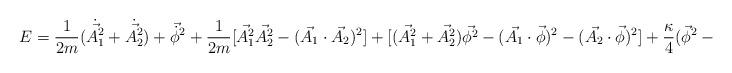
LaTeX: \begin{align*}E=\frac{1}{2m}(\dot{\vec{A_{1}^{2}}}+\dot{\vec{A_{2}^{2}}})+ \vec{\dot{\phi}}^{2}+\frac{1}{2m}[\vec{A_{1}^{2}}\vec{A_{2}^{2}}-(\vec{A_{1}}\cdot\vec{A_{2}})^{2}]+[(\vec{A_{1}^{2}}+\vec{A_{2}^{2}})\vec{\phi^{2}}-(\vec{A_{1}}\cdot\vec{\phi})^{2}-(\vec{A_{2}}\cdot\vec{\phi})^{2}] +\frac{\kappa}{4}(\vec{\phi}^{2}-1)^{2}.\end{align*}